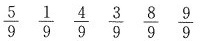
\frac{5}{9} \frac{1}{9} \frac{4}{9} \frac{3}{9} \frac{8}{9} \frac{9}{9}